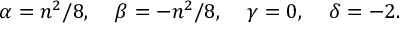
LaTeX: \alpha = { n ^ { 2 } } / { 8 } , \; \; \; \; \beta = - { n ^ { 2 } } / { 8 } , \; \; \; \; \gamma = 0 , \; \; \; \; \delta = - 2 .